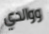
ووالدي